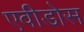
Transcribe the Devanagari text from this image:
एवीडोस